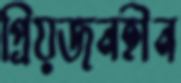
প্রিয়জনহীন